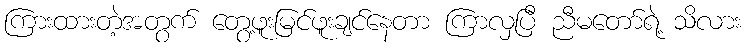
ကြားထားတဲ့အတွက် တွေ့ဖူးမြင်ဖူးချင်နေတာ ကြာလှပြီ ညီမတော်ရဲ့ သိလား